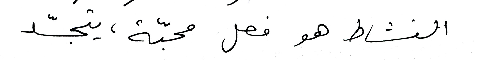
النشاط هو فعل محبّة، يتجسّد